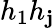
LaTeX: h_{1}h_{\mathbf{j}}